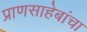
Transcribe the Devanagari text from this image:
प्राणसाहेबांचा